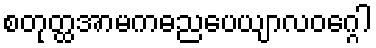
စတုတ္ထအာမကဓညပေယျာလဝဂ္ဂေါ